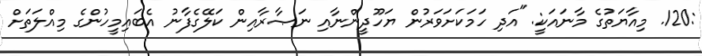
:120. މިއާޔަތުގެ މާނައަކީ: "އަދި ހަމަކަށަވަރުން ޔަހޫދީންނާއި ނަޞާރާއިން ކަލޭގެފާނު އެބައިމީހުންގެ މިއްލަތަށް